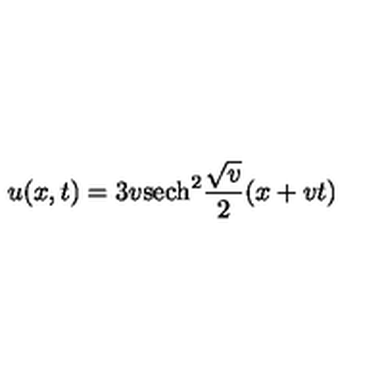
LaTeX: u ( x , t ) = 3 v \mathrm { s e c h } ^ { 2 } { \frac { \sqrt { v } } { 2 } } ( x + v t )